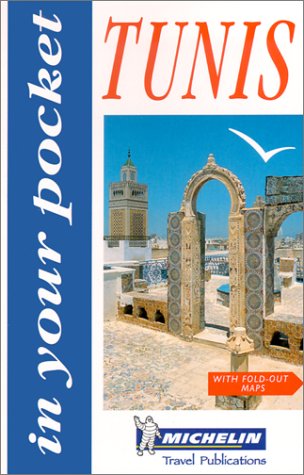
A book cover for Michelin In Your Pocket Tunis, 1e; Travel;